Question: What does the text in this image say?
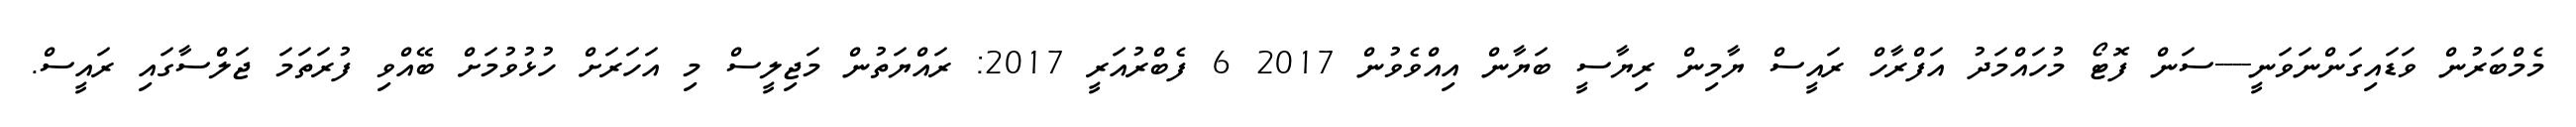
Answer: މެމްބަރުން ވަޑައިގަންނަވަނީ----ސަން ފޮޓޯ މުހައްމަދު އަފްރާހް ރައީސް ޔާމިން ރިޔާސީ ބަޔާން އިއްވެވުން 2017 6 ފެބްރުއަރީ 2017: ރައްޔަތުން މަޖިލީސް މި އަހަރަށް ހުޅުވުމަށް ބޭއްވި ފުރަތަމަ ޖަލްސާގައި ރައީސް.